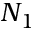
N _ { 1 }